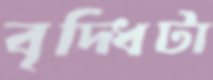
বৃদ্ধিটা